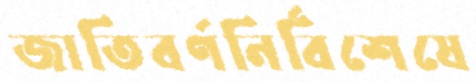
জাতিবর্ণনির্বিশেষে